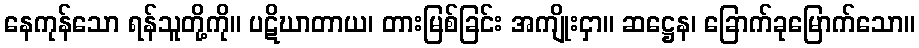
နေကုန်သော ရန်သူတို့ကို။ ပဋိဃာတာယ၊ တားမြစ်ခြင်း အကျိုးငှာ။ ဆဋ္ဌေန၊ ခြောက်ခုမြောက်သော။